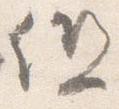
但